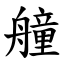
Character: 艟